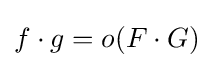
f\cdot g=o(F\cdot G)